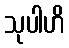
သုပါဟိ